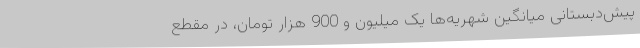
پیش‌دبستانی میانگین شهریه‌ها یک میلیون و 900 هزار تومان، در مقطع